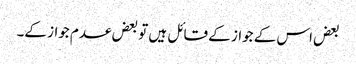
بعض اس کے جواز کے قائل ہیں تو بعض عدم جواز کے۔